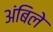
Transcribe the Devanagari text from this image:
अंबिले